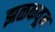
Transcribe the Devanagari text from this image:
झळकवून